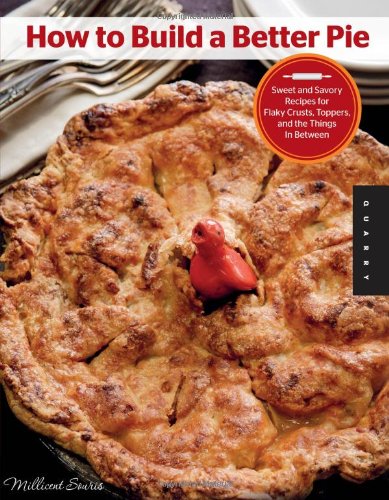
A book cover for How to Build a Better Pie: Sweet and Savory Recipes for Flaky Crusts, Toppers, and the Things in Between; Millicent Souris; Cookbooks, Food & Wine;